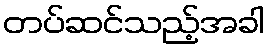
တပ်ဆင်သည့်အခါ